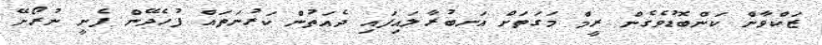
ޒަކްވާން ކަންބޮޑުވެގެން ރީމް މަގަތަށް އަނބުރާލައިފައި ދެއަތުން ކަރުނަތައް ފުހެދޭން ފެށީ ނުރޯށޭ